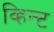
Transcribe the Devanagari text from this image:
व्हिन्ट